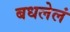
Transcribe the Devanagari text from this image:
बधलेलं